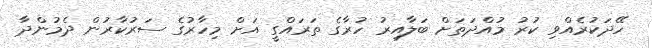
ހޭދަކުރެއްވި ކުރު މުއްދަތަށް ބަލާއިރު ހުރާގެ ތަރައްގީ އަށް މިހާރުގެ ސަރުކާރުން ދެމުންދާ